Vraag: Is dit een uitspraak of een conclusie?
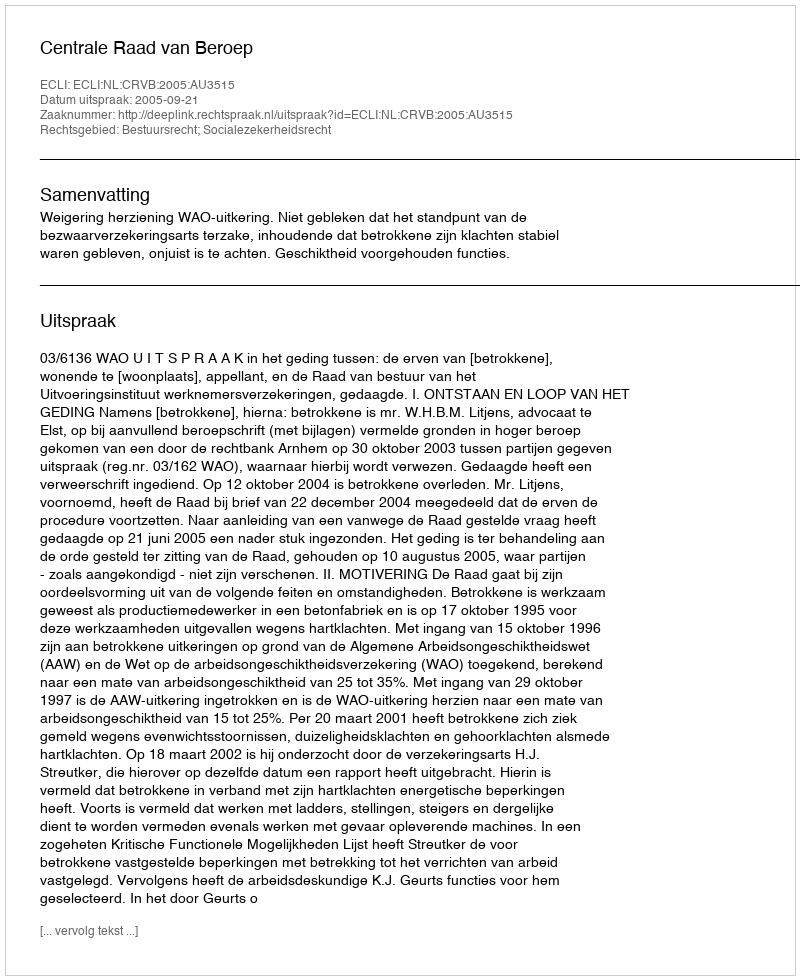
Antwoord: Uitspraak